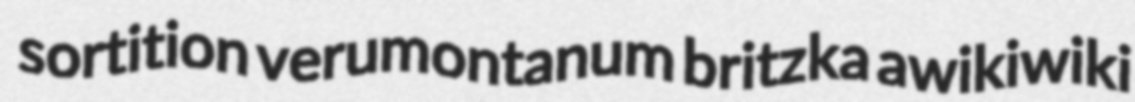
sortition verumontanum britzka awikiwiki